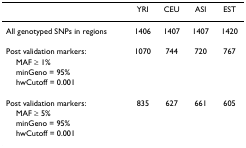
|  | YRI | CEU | ASI | EST |
 | --- | --- | --- | --- | --- |
 | All genotyped SNPs in regions | 1406 | 1407 | 1407 | 1420 |
 | Post validation markers: | 1070 | 744 | 720 | 767 |
 | MAF ≥ 1% |  |  |  |  |
 | minGeno = 95% |  |  |  |  |
 | hwCutoff = 0.001 |  |  |  |  |
 | Post validation markers: | 835 | 627 | 661 | 605 |
 | MAF ≥ 5% |  |  |  |  |
 | minGeno = 95% |  |  |  |  |
 | hwCutoff = 0.001 |  |  |  |  |